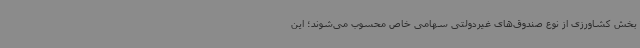
بخش کشاورزی از نوع صندوق‌های غیردولتی سهامی خاص محسوب می‌شوند؛ این